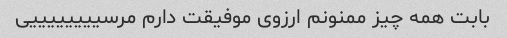
بابت همه چیز ممنونم ارزوی موفیقت دارم مرسییییییییی